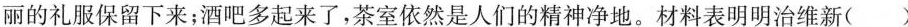
丽的礼服保留下来；酒吧多起来了，茶室依然是人们的精神净地。材料表明明治维新( )